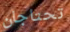
تحتاجان